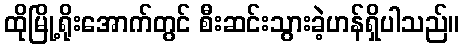
ထိုမြို့ရိုးအောက်တွင် စီးဆင်းသွားခဲ့ဟန်ရှိပါသည်။